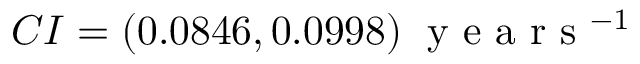
C I = ( 0 . 0 8 4 6 , 0 . 0 9 9 8 ) \; \textrm { y e a r s } ^ { - 1 }